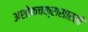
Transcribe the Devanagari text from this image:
अशोकचक्रासारखे